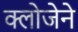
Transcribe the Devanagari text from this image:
क्लोजेने